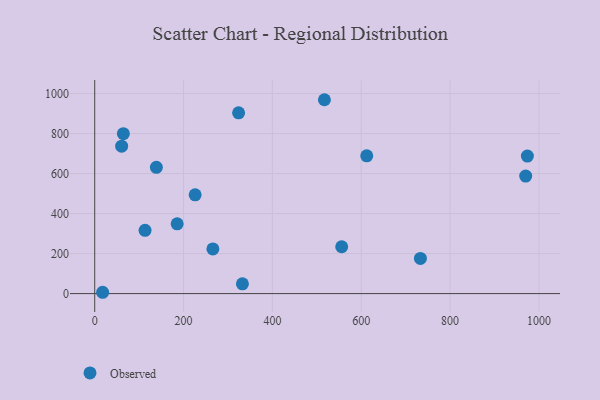
{"axis": {"x": "Experience", "y": "Yield"}, "legend": ["Observed"], "data": [{"x": "60.6", "y": 736.6, "type": "Observed"}, {"x": "17.8", "y": 6.6, "type": "Observed"}, {"x": "185.6", "y": 348.9, "type": "Observed"}, {"x": "266.0", "y": 223.1, "type": "Observed"}, {"x": "556.0", "y": 234.1, "type": "Observed"}, {"x": "138.8", "y": 631.1, "type": "Observed"}, {"x": "974.0", "y": 687.2, "type": "Observed"}, {"x": "517.1", "y": 968.9, "type": "Observed"}, {"x": "970.2", "y": 587.3, "type": "Observed"}, {"x": "113.3", "y": 316.0, "type": "Observed"}, {"x": "64.5", "y": 799.1, "type": "Observed"}, {"x": "332.5", "y": 48.7, "type": "Observed"}, {"x": "733.2", "y": 175.7, "type": "Observed"}, {"x": "612.4", "y": 688.7, "type": "Observed"}, {"x": "226.1", "y": 493.5, "type": "Observed"}, {"x": "323.9", "y": 903.5, "type": "Observed"}]}